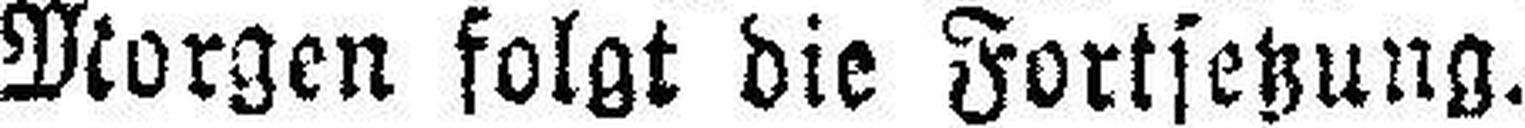
Morgen folgt die Fortsetzung.